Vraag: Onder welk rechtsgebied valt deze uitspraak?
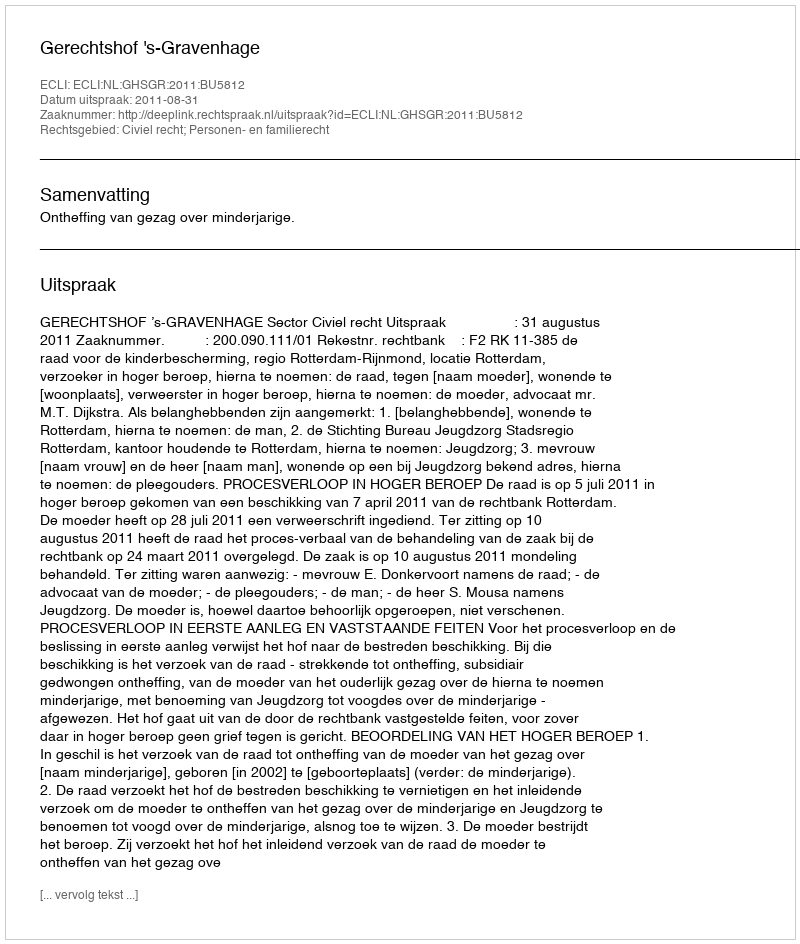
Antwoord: Civiel recht; Personen- en familierecht